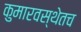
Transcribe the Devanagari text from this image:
कुमारवस्थेतच